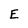
Character: E